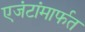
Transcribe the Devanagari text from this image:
एजंटांमार्फत